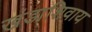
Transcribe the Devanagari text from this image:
खंडाशिवाय